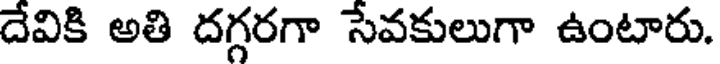
దేవికి అతి దగ్గరగా సేవకులుగా ఉంటారు.